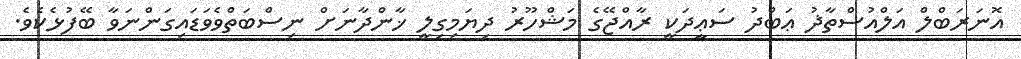
އޮނަރަބްލް އަލްއުސްތާޛު ޢަބްދު ސަޢީދަކީ ރާއްޖޭގެ މަޝްހޫރު ދިޔަމިގިލީ ޚާންދާނަށް ނިސްބަތްވެވަޑައިގަންނަވާ ބޭފުޅެކެވެ.